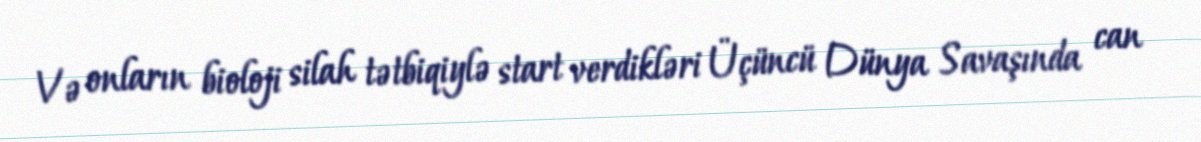
Və onların bioloji silah tətbiqiylə start verdikləri Üçüncü Dünya Savaşında can